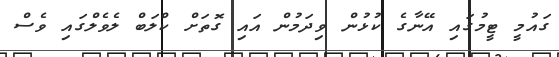
ގައުމީ ޓީމުގައި އޭނާގެ ކުޅުން ވިދަމުން އައި ގޮތަށް ކްލަބް ލެވެލްގައި ވެސް